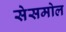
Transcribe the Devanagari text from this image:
सेसमोल